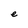
Character: e